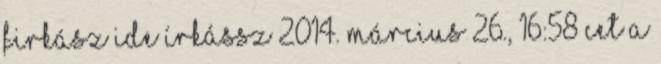
Firkász Ide írkássz 2014. március 26., 16:58 CET A